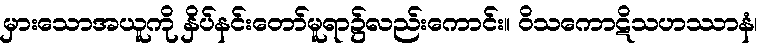
မှားသောအယူကို နှိပ်နင်းတော်မူရာ၌လည်းကောင်း။ ဝိသကောဋိသဟဿာနံ၊